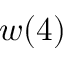
w ( 4 )